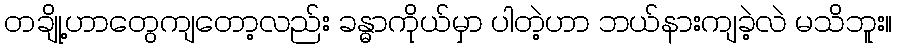
တချို့ဟာတွေကျတော့လည်း ခန္ဓာကိုယ်မှာ ပါတဲ့ဟာ ဘယ်နားကျခဲ့လဲ မသိဘူး။